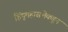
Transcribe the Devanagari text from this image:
हिंदूमहासभेकडून